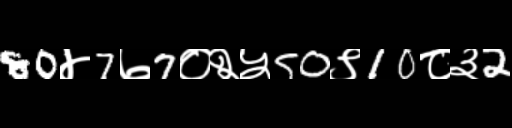
Text: 80४7७7०२५50९10८३2